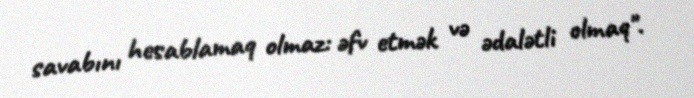
savabını hesablamaq olmaz: əfv etmək və ədalətli olmaq".